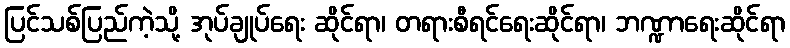
ပြင်သစ်ပြည်ကဲ့သို့ အုပ်ချုပ်ရေး ဆိုင်ရာ၊ တရားစီရင်ရေးဆိုင်ရာ၊ ဘဏ္ဍာရေးဆိုင်ရာ